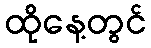
ထိုနေ့တွင်